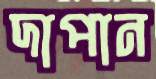
দাপান